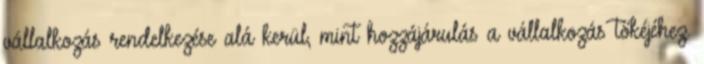
vállalkozás rendelkezése alá kerül, mint hozzájárulás a vállalkozás tőkéjéhez.